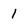
Character: 1